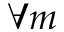
\forall m